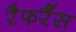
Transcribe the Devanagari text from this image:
रैफरैंस